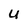
Character: U